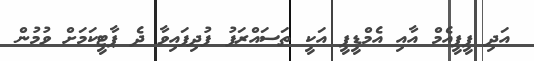
އަދި ޕީޕީއެމް އާއި އެމްޑީޕީ އަކީ ތަސައްރަފު ފުދިފައިވާ ދެ ޕާޓީކަމަށް ވުމުން